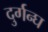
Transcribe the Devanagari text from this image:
दुर्गन्घ